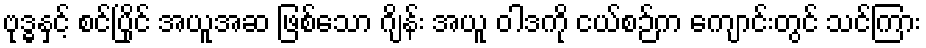
ဗုဒ္ဓနှင့် စင်ပြိုင် အယူအဆ ဖြစ်သော ဂျိန်း အယူ ဝါဒကို ငယ်စဉ်က ကျောင်းတွင် သင်ကြား